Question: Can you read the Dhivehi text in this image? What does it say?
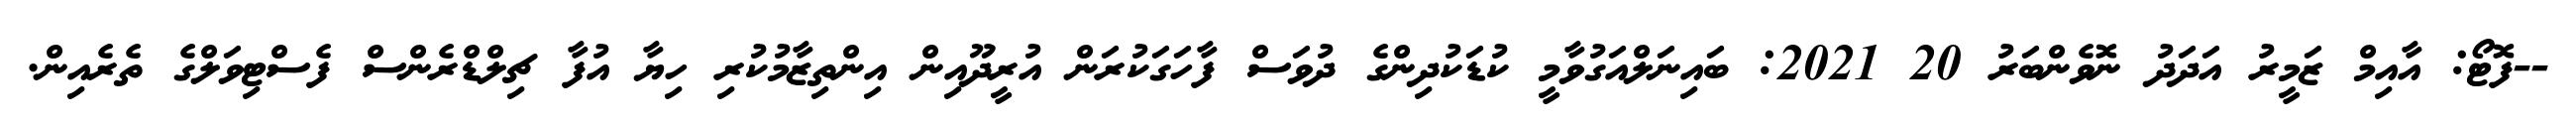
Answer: --ފޮޓޯ: އާއިމް ޒަމީރު އަދަދު ނޮވެންބަރު 20 2021: ބައިނަލްއަގުވާމީ ކުޑަކުދިންގެ ދުވަސް ފާހަގަކުރަން އުރީދޫއިން އިންތިޒާމުކުރި ހިޔާ އުފާ ޗިލްޑްރެންސް ފެސްޓިވަލްގެ ތެރެއިން.